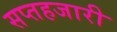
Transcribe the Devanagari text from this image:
सप्तहजारी